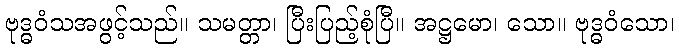
ဗုဒ္ဓဝံသအဖွင့်သည်။ သမတ္တာ၊ ပြီးပြည့်စုံပြီ။ အဋ္ဌမော၊ သော။ ဗုဒ္ဓဝံသော၊